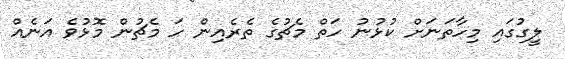
ލީގުގައި މިހާތަނަށް ކުޅުނު ހަތް މެޗުގެ ތެރެއިން ހަ މެޗުން މޮޅުވެ އަނެއް